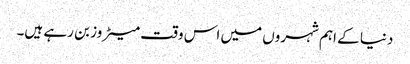
دنیا کے اہم شہروں میں اس وقت میٹروز بن رہے ہیں۔